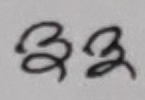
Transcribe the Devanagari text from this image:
३३